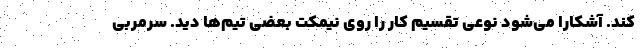
کند. آشکارا می‌شود نوعی تقسیم کار را روی نیمکت بعضی تیم‌ها دید. سرمربی